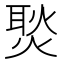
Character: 𭵢